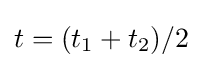
t=(t_{1}+t_{2})/2